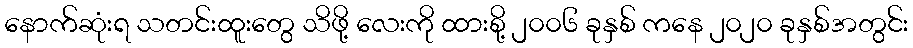
နောက်ဆုံးရ သတင်းထူးတွေ သိဖို့ လေးကို ထားစို့ ၂၀၀၆ ခုနှစ် ကနေ ၂၀၂၀ ခုနှစ်အတွင်း